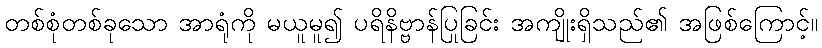
တစ်စုံတစ်ခုသော အာရုံကို မယူမူ၍ ပရိနိဗ္ဗာန်ပြုခြင်း အကျိုးရှိသည်၏ အဖြစ်ကြောင့်။